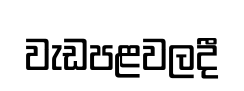
වැඩපළවලදී